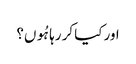
اور کیا کر رہا ہُوں؟